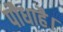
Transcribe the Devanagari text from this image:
पौधाहै।